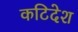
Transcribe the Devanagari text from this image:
कटिदेश